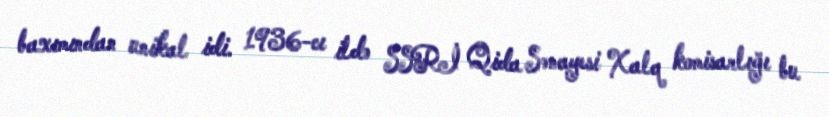
baxımından unikal idi. 1936-cı ildə SSRİ Qida Sənayesi Xalq komisarlığı bu